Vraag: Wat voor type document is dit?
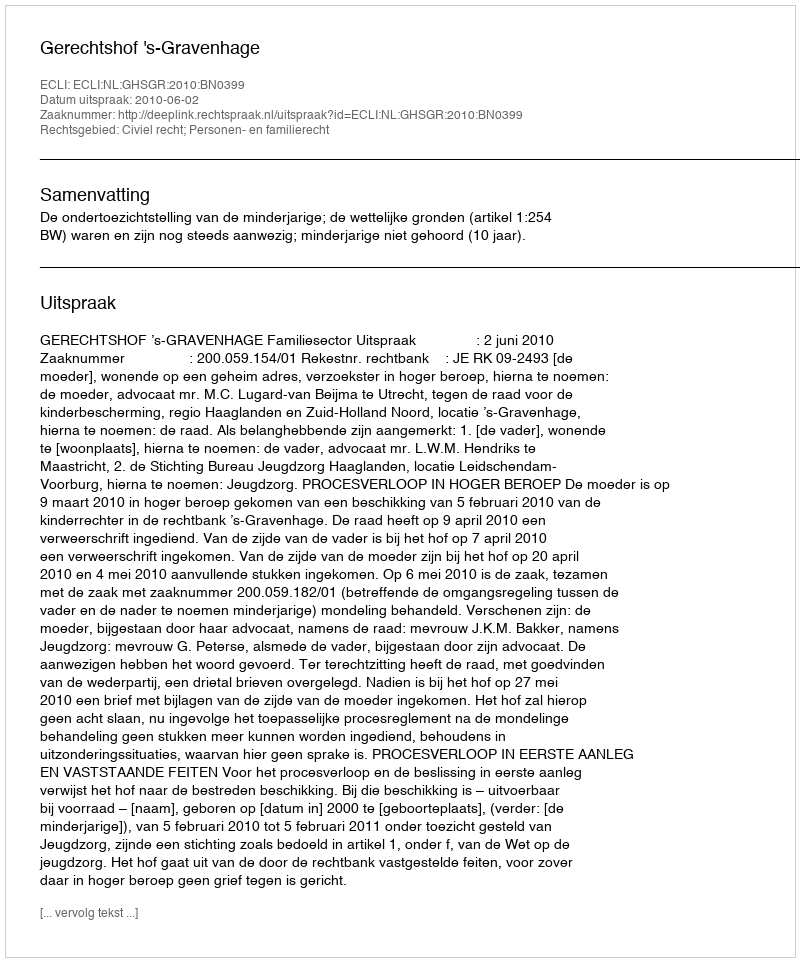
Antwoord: Uitspraak